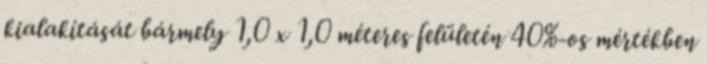
kialakítását bármely 1,0 x 1,0 méteres felületén 40%-os mértékben